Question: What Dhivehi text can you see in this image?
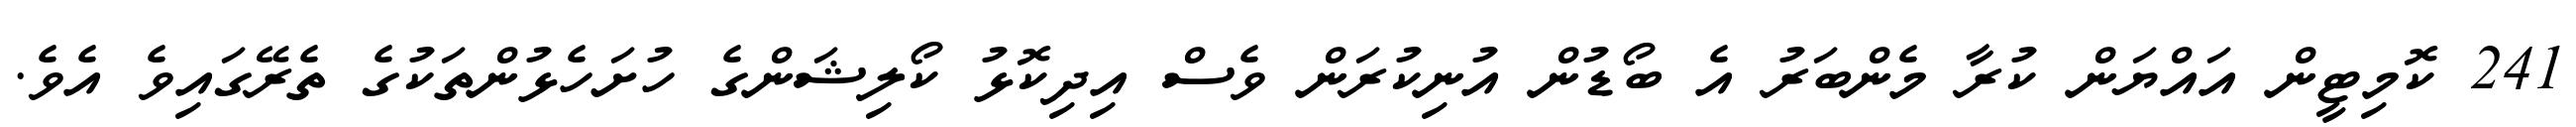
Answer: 241 ކޮމިޓީން އައްޔަން ކުރާ މެންބަރު އެ ބޯޑުން އުނިކުރަން ވެސް އިދިކޮޅު ކޯލިޝަންގެ ހުށަހެޅުންތަކުގެ ތެރޭގައިވެ އެވެ.